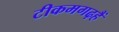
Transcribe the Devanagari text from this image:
टीकमगढ़हैं